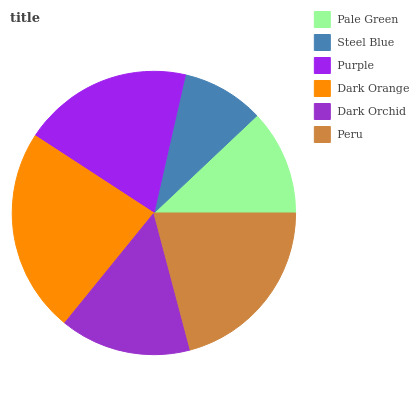
| Pale Green | Steel Blue | Purple | Dark Orange | Dark Orchid | Peru |
 | --- | --- | --- | --- | --- | --- |
 | 12% | 9.38% | 19.4% | 23.4% | 15% | 20.8% |